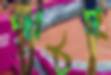
পাঠই